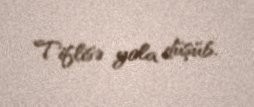
Tiflisə yola düşüb.